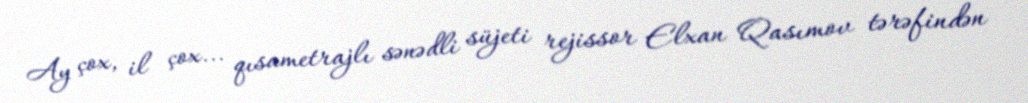
Ay çox, il çox... qısametrajlı sənədli süjeti rejissor Elxan Qasımov tərəfindən